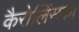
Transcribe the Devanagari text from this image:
कैरोलिंसका